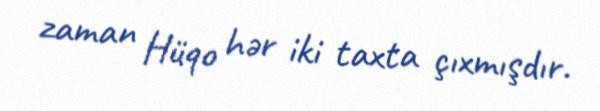
zaman Hüqo hər iki taxta çıxmışdır.